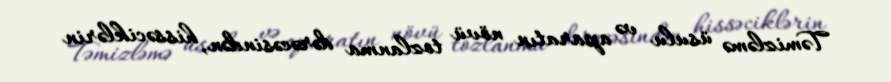
Təmizləmə üsulu və aparatın növü tozlanma dərəcəsindən, hissəciklərin